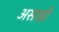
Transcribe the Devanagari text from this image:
असाडो